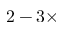
2 - 3 \times